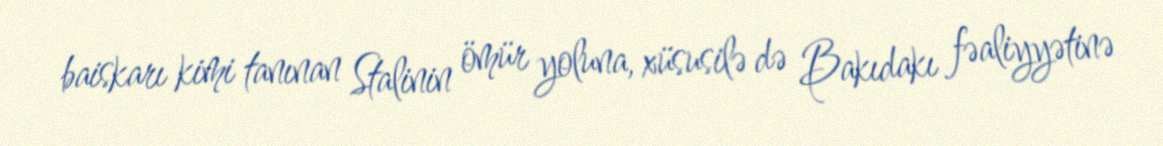
baiskarı kimi tanınan Stalinin ömür yoluna, xüsusilə də Bakıdakı fəaliyyətinə